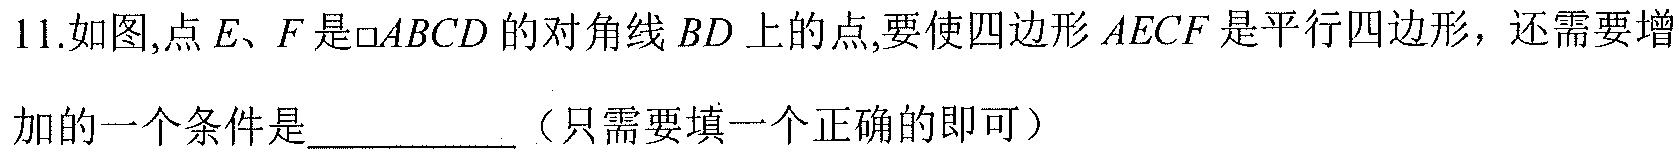
11.如图,点\(E、F\)是\(\square ABCD\)的对角线\(BD\)上的点,要使四边形\(AECF\)是平行四边形，还需要增加的一个条件是__________（只需要填一个正确的即可）